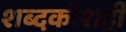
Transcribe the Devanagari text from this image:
शब्दकोशही